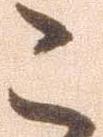
こ